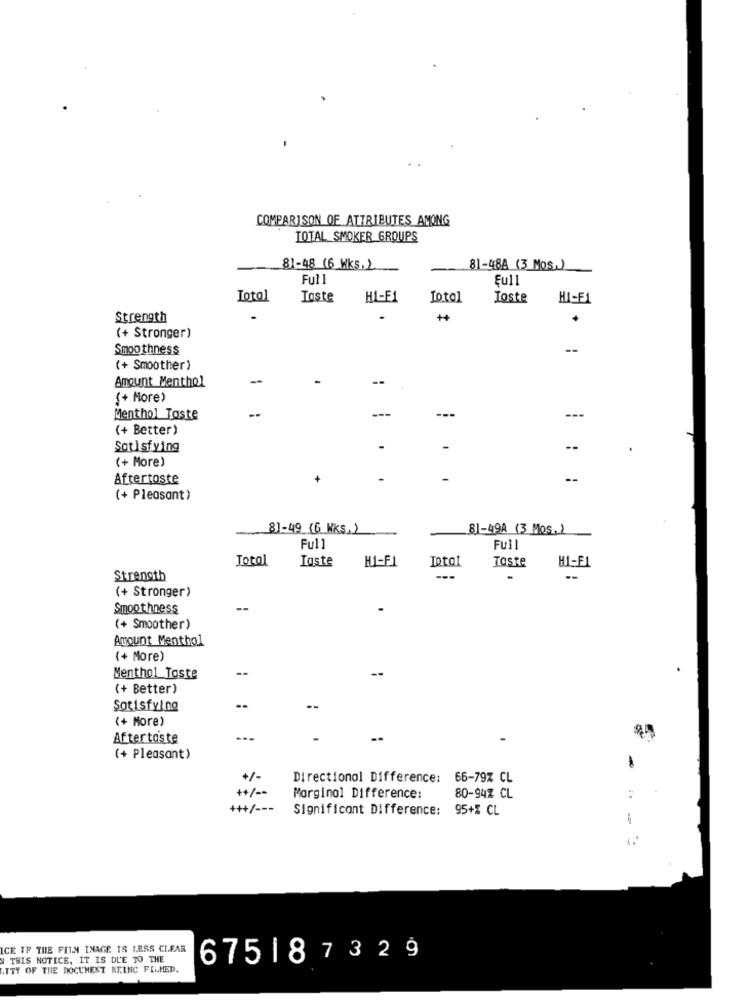
COMPARISON OF ATTRIBUTES AMONG
TOTAL SMOKER GROUPS
81-48 (6 Wks. )
81-488 (3 Mos.)
Full
Şu11
Total
Taste
HL-F1
foto]
Toste
HI-F1
strength
(+ Stronger)
Smoothness
(+ Smoother)
Amount Menthol
(+ More)
Menthol Taste
---
(+ Better)
Satisfying
(+ More)
Aftertaste
--
(+ Pleasant)
8]-49 (6 WKs,)
8]-49A (3 Mos. )
Full
Full
Total
Igste
HI-FI
Total
Taste
Strength
---
(+ Stronger)
Smoothness
--
(+ Smoother)
Amount Menthol
(+ More)
--
Menthol Toste
(+ Better)
Satisfying
(+ More)
Aftertaste
(+ Pleasant)
+/-
Directional Difference: 66-79% CL
++/ --
Marginal Difference:
80-94Z CL
:
+++/ ---
Significant Difference: 95+2 CL
ICE IF THE FILM IMAGE IS LESS CLEAR
W THIS NOTICE, IT IS DUE TO THE
675187329
ITTY OF THE DOCUMENT BEING FILMED.